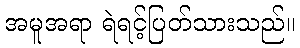
အမူအရာ ရဲရင့်ပြတ်သားသည်။